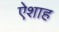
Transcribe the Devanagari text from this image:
ऐशाह